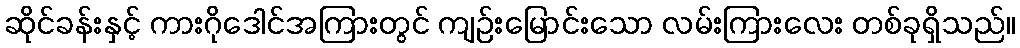
ဆိုင်ခန်းနှင့် ကားဂိုဒေါင်အကြားတွင် ကျဉ်းမြောင်းသော လမ်းကြားလေး တစ်ခုရှိသည်။